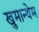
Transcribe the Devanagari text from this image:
खुमान्थेम